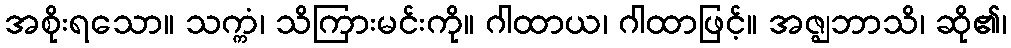
အစိုးရသော။ သက္ကံ၊ သိကြားမင်းကို။ ဂါထာယ၊ ဂါထာဖြင့်။ အဇ္ဈဘာသိ၊ ဆို၏၊